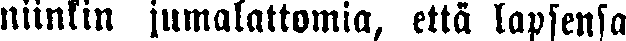
niinkin jumalattomia, että lapsensa